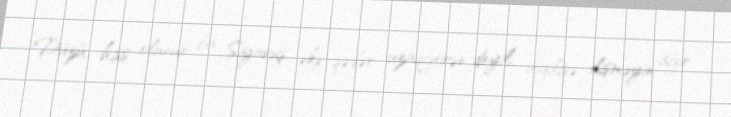
Düzü, hiss olunur bu Siyavuş əkə qədər uzaqgörən deyil, ingilisə ilişməyin ağır